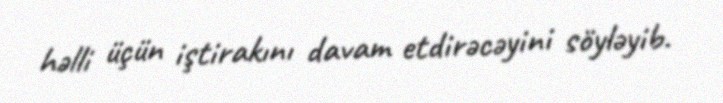
həlli üçün iştirakını davam etdirəcəyini söyləyib.